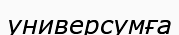
универсумға